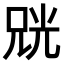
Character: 𫪨